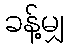
ခန့်မျှ